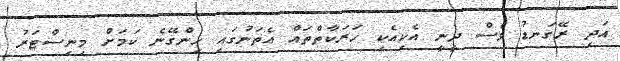
އަދި ރޭގަނޑު ވެސް ދީނީ އެކިއެކި ހަރަކާތްތައް އެތަނުގައި ހިންގޭނެ ކަމަށް މިނިސްޓަރު